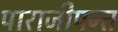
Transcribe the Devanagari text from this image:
पाराजीपन्त